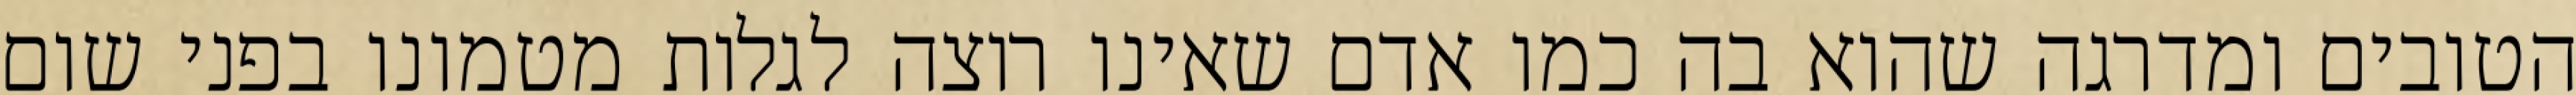
הטובים ומדרגה שהוא בה כמו אדם שאינו רוצה לגלות מטמונו בפני שום